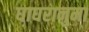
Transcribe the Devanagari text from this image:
घाघरानुमा